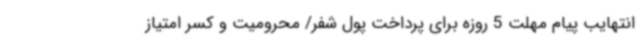
انتهایب پیام مهلت 5 روزه برای پرداخت پول شفر/ محرومیت و کسر امتیاز